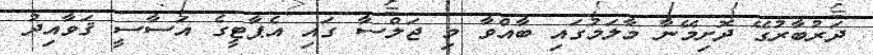
ދަރުބާރުގޭ ދޮށިމޭނާ މާލަމުގައި ބާއްވާ މި ޖަލްސާ ގައި އެޕާޓީގެ އަސާސީ ޤަވާއިދު